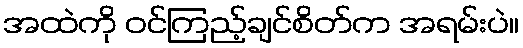
အထဲကို ဝင်ကြည့်ချင်စိတ်က အရမ်းပဲ။